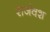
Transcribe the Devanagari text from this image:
राजंवश